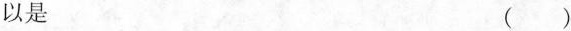
以是 ( )